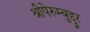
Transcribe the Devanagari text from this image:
श्रीपेरुम्बुद्दूर